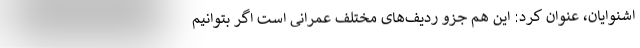
اشنوایان، عنوان کرد: این هم جزو ردیف‌های مختلف عمرانی است اگر بتوانیم